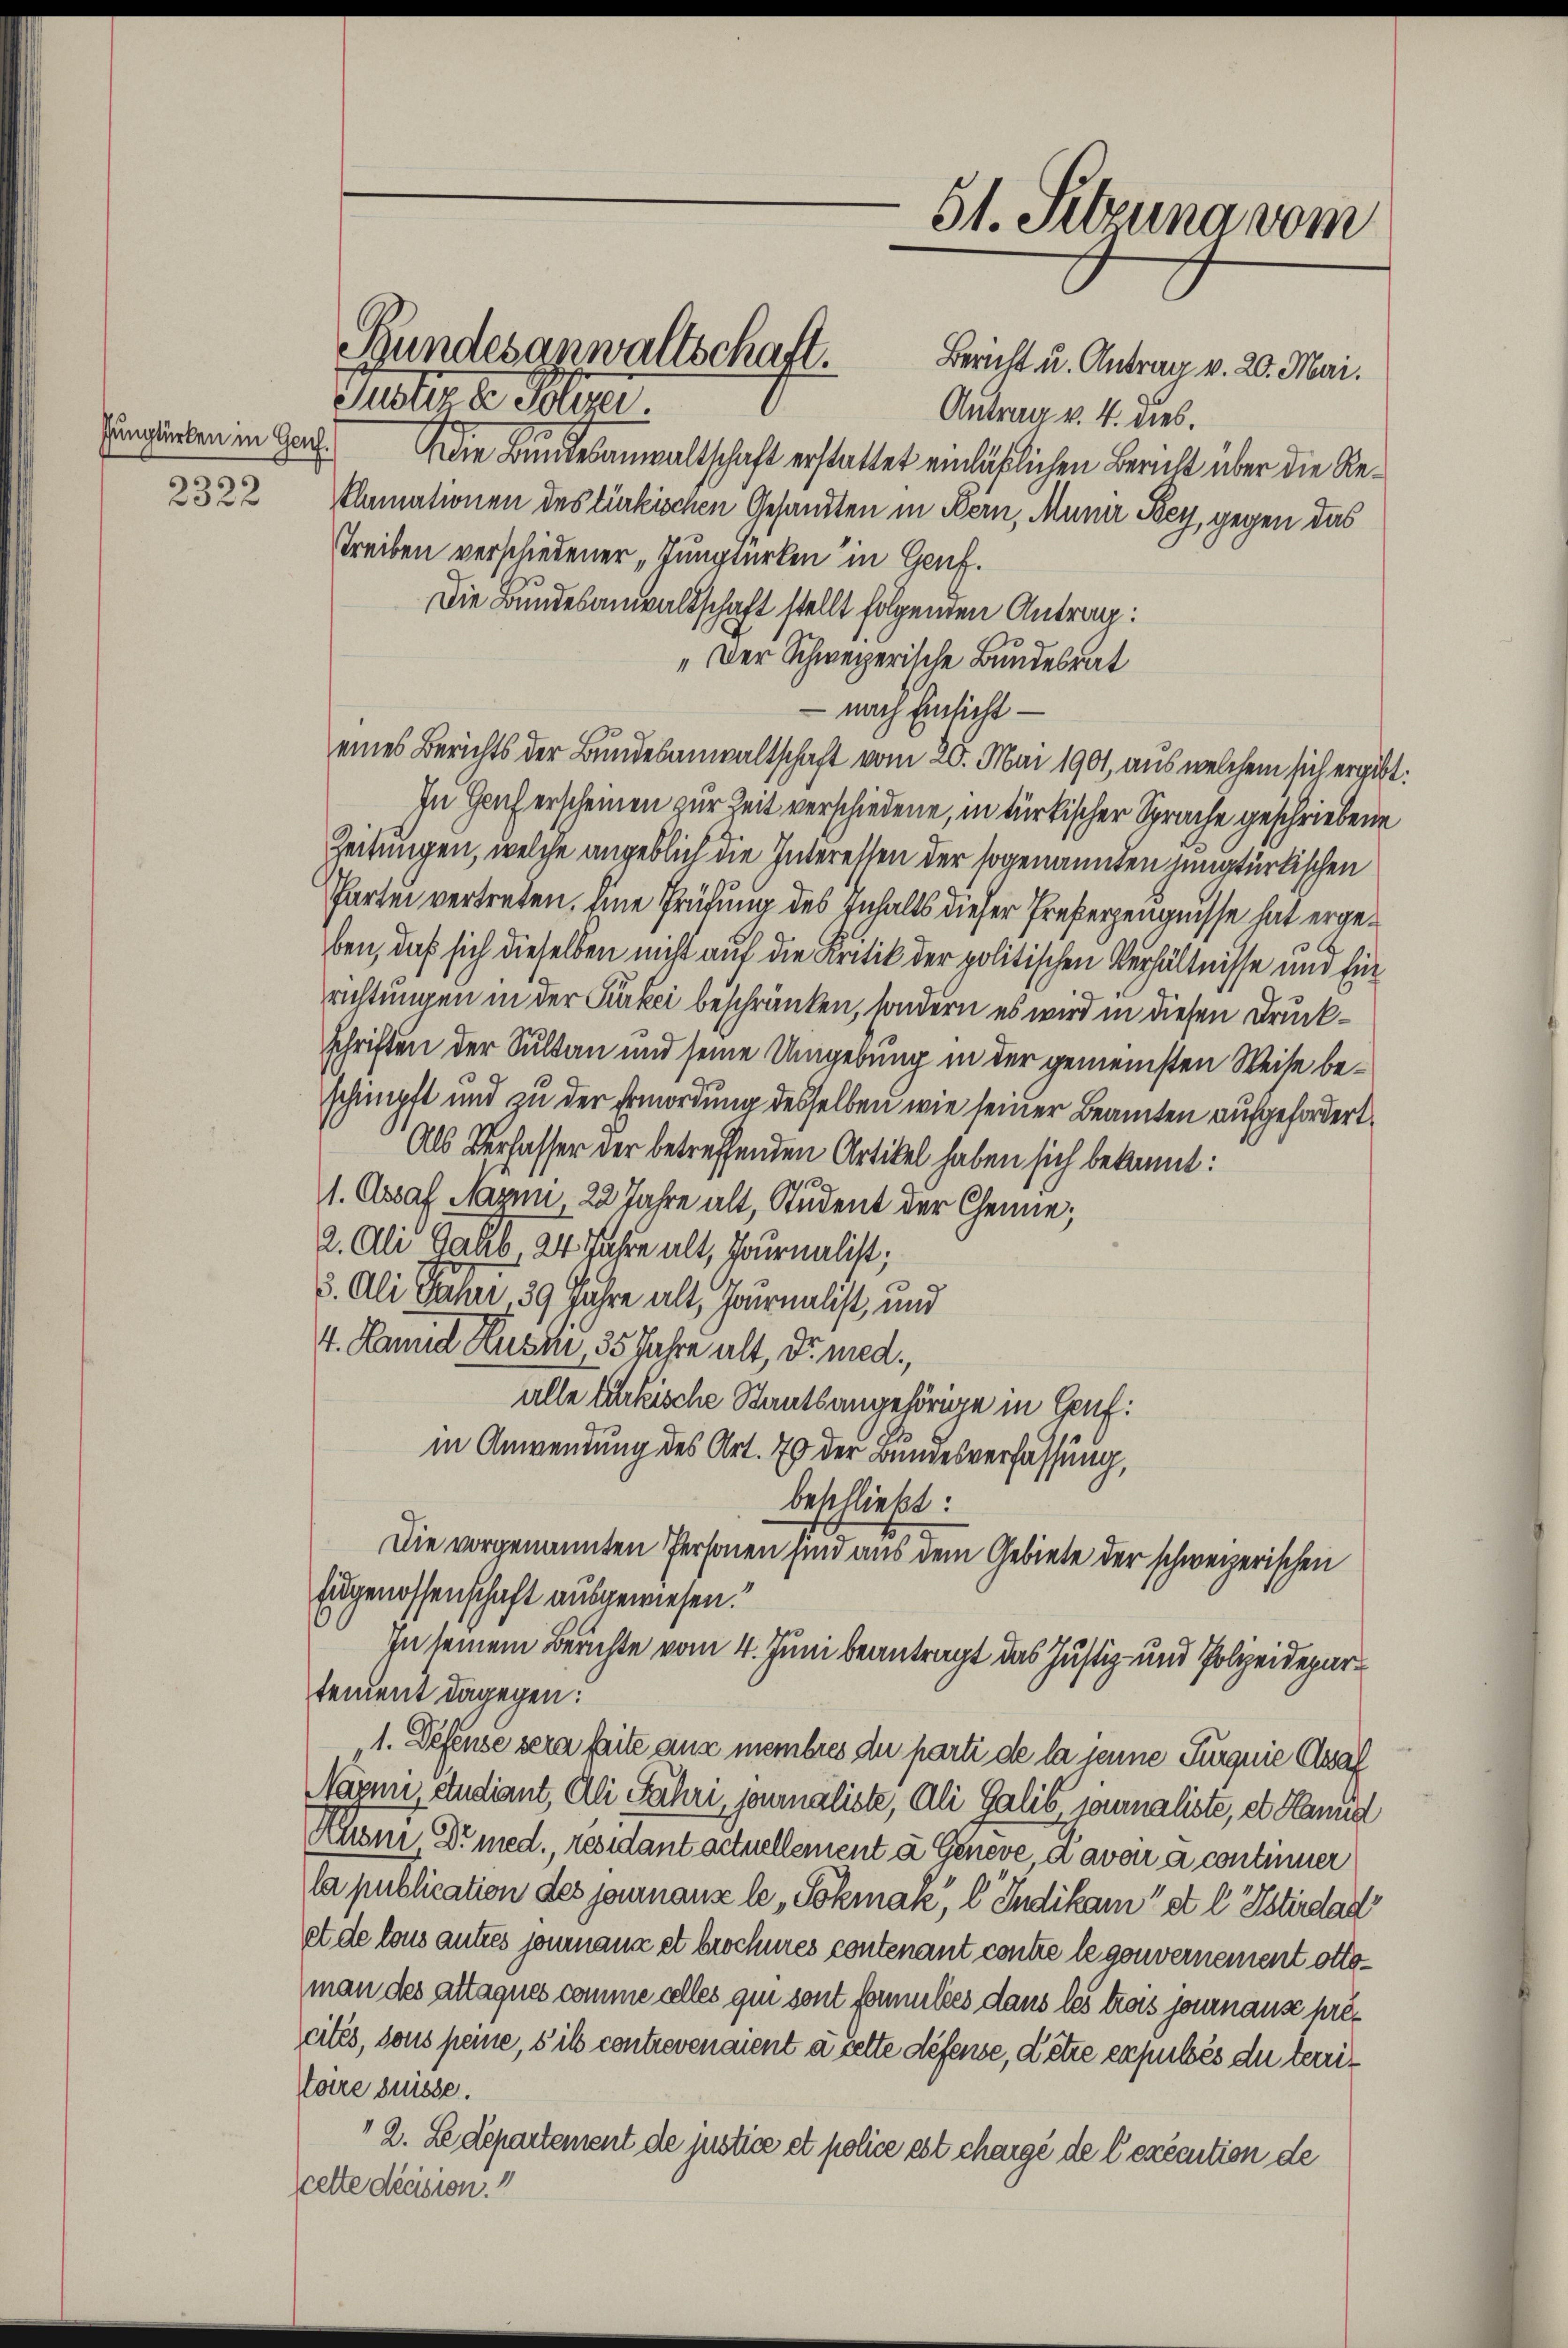
Eunglücken in Genf.
2322

Die Bundesanwaltschaft erstattet einläßlichen Beruht über die Reklamationen des türkischen Gesandten in Bern, Munir Bey, gegen das
Treiben verschiedener „Tungtürken in Genf.
Die Bundesanwaltschaft stellt folgenden Antrag:
„Der Schweizerische Bundesrat
– nach Einsicht
eines Berichts der Bundesanwaltschaft vom 20. Mai 1901, aus welchem sich ergibt:
In Hauf erscheinen zur Zeit verschiedene, in türkischer Sprache geschriebene
Zeitungen, welche angeblich die Interessen der sogenannten jungtürkischen
Parten vertreten, eine Prüfung des Inhalts dieser Preberzeugnisse hat ergeben, daß sich dieselben nicht auf die Kritik der politischen Verhältnisse und Einrichtungen in der Parkei beschränken, sondern es wird in diesen Druck¬
Schriften der Sultan und seine Umgebung in der gemeinsten Weise beschimpft und zu der Ermordung desselben wie seiner Beamten aufgefordert,
Als Verfasser der betreffenden Artikel haben sich bekannt:
1. Assaf Naymi, 22 Jahre alt, Student der Chenne;
2. Ali Gaub, 24 Jahre alt, Journalist;
5. Ali Jahre, 39 Jahre alt, Journalist, und
4. Kamin Huse, 35 Jahre alt, dr. med.
alle Lukische Staatsangehörige in Gouf:
in Anwendung des Art. 70 der Bundesverfassung,
beschließt:
Die vorgenannten Personen sind aus dem Gebiete der schweizerischen
Eugenossenschaft ausgewiesen.“
In seinem Berichte vom 4. Juni beantragt das Justiz- und Polizeidepartendent dagegen:
„1. Defense sera faite aus membres du parti de la jene Furgnie Asaf
Nazen, studiant, Ali Jahri, journaliste, Ali Galib journaliste, et Hannd
Kuoni, Dr med., residant actuellement à Geneve, davon a continer
la publication des jouranz le,Sokmak, l Indikamst l. Esterdar
et de tous autres journanne et brocheres contenant contre le gouvernement ottoman des attaques comme celles qui sont formulies dans les trois journause pres
cités, sous peine, s il controvenaient à cette défense, dette expubés du territare suisse.
2. Ledepartement de justice et police est chargé de l’exécution de
scette decision.“

Pater der Polen

Bundesanwaltschaft. Bericht u. Antrag v. 20. Mai.

51. Setzung vom

Antrag v. 4. dies.